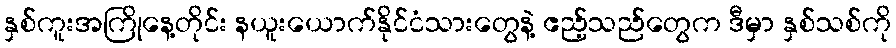
နှစ်ကူးအကြိုနေ့တိုင်း နယူးယောက်နိုင်ငံသားတွေနဲ့ ဧည့်သည်တွေက ဒီမှာ နှစ်သစ်ကို